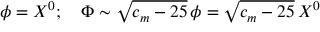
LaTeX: \phi = X ^ { 0 } ; \quad \Phi \sim \sqrt { c _ { m } - 2 5 } \, \phi = \sqrt { c _ { m } - 2 5 } \, X ^ { 0 }